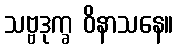
သဗ္ဗဒုက္ခ ဝိနာသနေ။